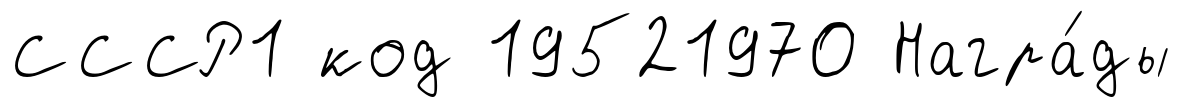
СССР1 код 19521970 Награ́ды